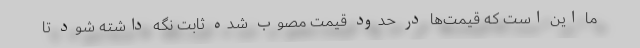
ما این است که قیمت‌ها در حدود قیمت مصوب شده ثابت نگه داشته شود تا